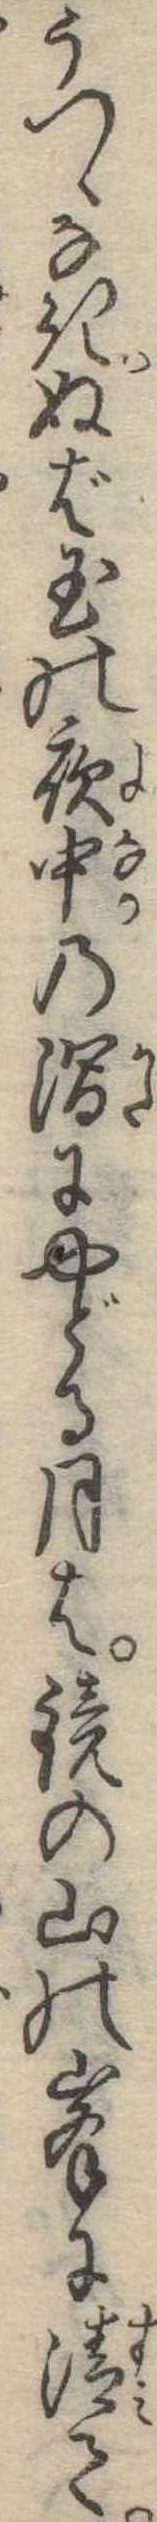
うつゝなきぬば玉の夜中のにやどる月は鏡の山の峰に清て